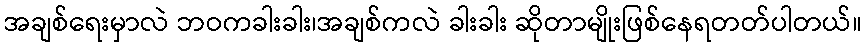
အချစ်ရေးမှာလဲ ဘဝကခါးခါး၊အချစ်ကလဲ ခါးခါး ဆိုတာမျိုးဖြစ်နေရတတ်ပါတယ်။